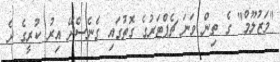
"މަޒުލޫމް" ގެ ތިން ވަނަ ޗެޕްޓަރުގެ ގޮތުގައި ގެނެސްދޭ އިރު ކުރީގެ ދެ